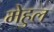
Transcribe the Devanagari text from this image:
मेहुल